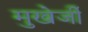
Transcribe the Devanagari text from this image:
मुखेर्जी